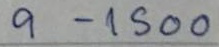
9 - 1500